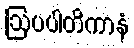
ဩပပါတိကာနံ